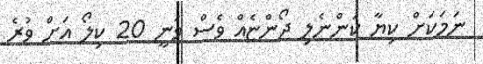
ނަމަކަށް ކިޔާ ކަންނެލި ދޯންޏެއް ވެސް ވަނީ 20 ކިލޯ އަށް ވުރެ